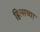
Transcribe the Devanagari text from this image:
हिल्सच्या